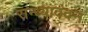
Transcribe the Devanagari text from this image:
सन्ध्यावंदन